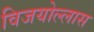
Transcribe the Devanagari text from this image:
विजयोल्लास